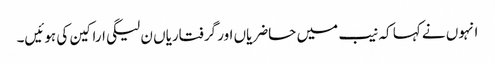
انہوں نے کہا کہ نیب میں حاضریاں اور گرفتاریاں ن لیگی اراکین کی ہوئیں۔